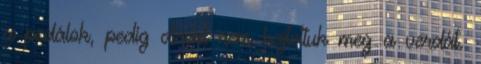
a pedálok, pedig direkt nem hajtottuk meg a verdát.